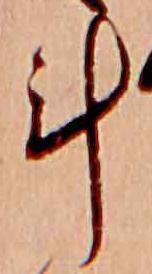
計